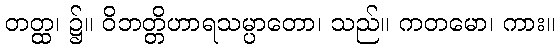
တတ္ထ၊ ၌။ ဝိဘတ္တိဟာရသမ္ပာတော၊ သည်။ ကတမော၊ ကား။